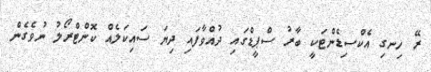
ރޭ ހިނގި އެކްސިޑެންޓަކީ ބާރު ސްޕީޑްގައި ދުއްވާފައި ދިޔަ ސައިކަލެއް ކޮންޓްރޯލު ނުވެގެން